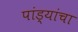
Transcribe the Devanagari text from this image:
पांड्यांचा